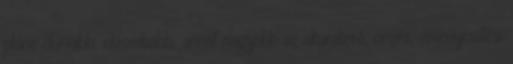
pláne durvább, otrombább, annál nagyobb az akaraterő, önzés, érvényesülési